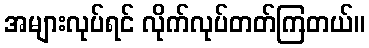
အများလုပ်ရင် လိုက်လုပ်တတ်ကြတယ်။